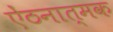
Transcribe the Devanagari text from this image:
ऐंठनात्मक